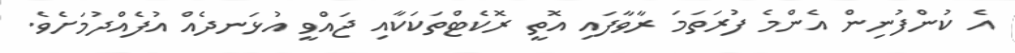
އެ ކުންފުނިން އެންމެ ފުރަތަމަ ރާވާފައި އޮތީ ރޮކެޓްތަކަކާއި ޖައްވީ އުޅަނދެއް އުފެއްދުމަށެވެ.